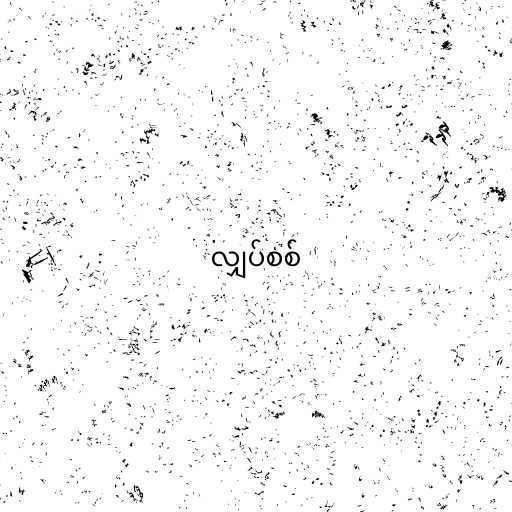
လျှပ်စစ်